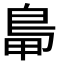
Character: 𪀋